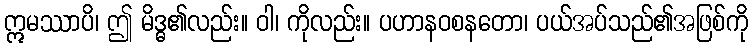
ဣမဿာပိ၊ ဤ မိဒ္ဓ၏လည်း။ ဝါ၊ ကိုလည်း။ ပဟာနဝစနတော၊ ပယ်အပ်သည်၏အဖြစ်ကို